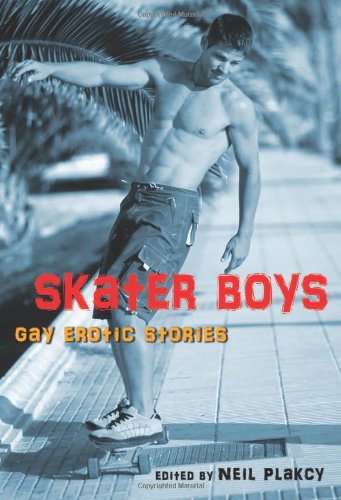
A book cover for Skater Boys: Gay Erotic Stories; Romance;